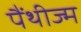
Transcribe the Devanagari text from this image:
पैंथीज्म